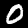
Digit: 0